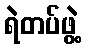
ရဲတပ်ဖွဲ့